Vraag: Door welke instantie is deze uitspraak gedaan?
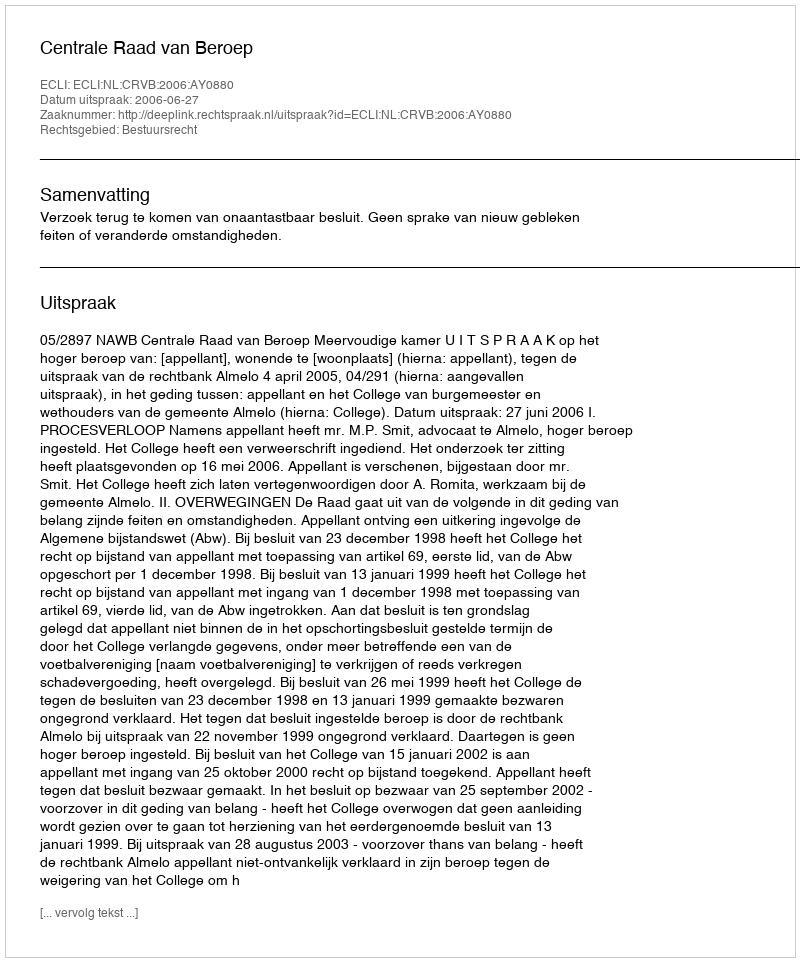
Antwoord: Centrale Raad van Beroep